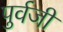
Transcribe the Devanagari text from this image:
पुर्वजी